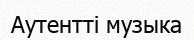
Аутентті музыка